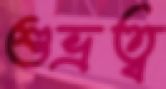
শুভ্রত্ব